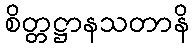
စိတ္တဋ္ဌာနသတာနိ